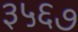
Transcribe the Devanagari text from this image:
३५६७